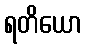
ရတိယော